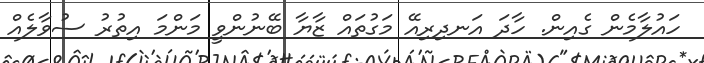
ހައުލާމެން ގެއިން. ހާދަ އަނދިރިއޭ މަގުތައް ޒާޔާ ބޭނުންވީ މަންމަ އިތުރު ސުވާލެއް